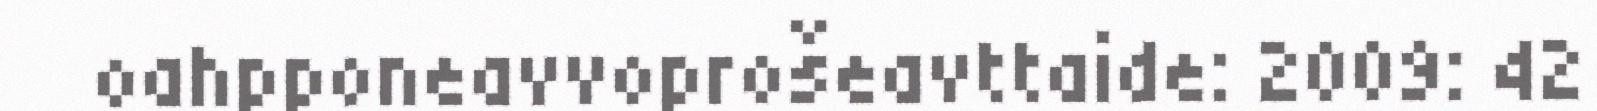
oahpponeavvoprošeavttaide: 2009: 42